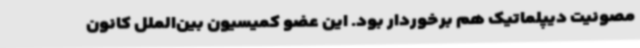
مصونیت دیپلماتیک هم برخوردار بود. این عضو کمیسیون بین‌الملل کانون